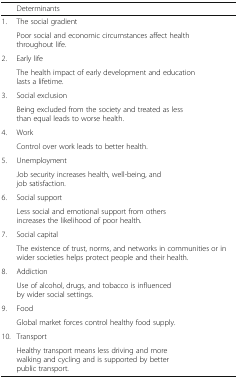
<table><thead><tr><td></td><td><b>Determinants</b></td></tr></thead><tbody><tr><td>1.</td><td>The social gradient</td></tr><tr><td></td><td>Poor social and economic circumstances affect health throughout life.</td></tr><tr><td>2.</td><td>Early life</td></tr><tr><td></td><td>The health impact of early development and education lasts a lifetime.</td></tr><tr><td>3.</td><td>Social exclusion</td></tr><tr><td></td><td>Being excluded from the society and treated as less than equal leads to worse health.</td></tr><tr><td>4.</td><td>Work</td></tr><tr><td></td><td>Control over work leads to better health.</td></tr><tr><td>5.</td><td>Unemployment</td></tr><tr><td></td><td>Job security increases health, well-being, and job satisfaction.</td></tr><tr><td>6.</td><td>Social support</td></tr><tr><td></td><td>Less social and emotional support from others increases the likelihood of poor health.</td></tr><tr><td>7.</td><td>Social capital</td></tr><tr><td></td><td>The existence of trust, norms, and networks in communities or in wider societies helps protect people and their health.</td></tr><tr><td>8.</td><td>Addiction</td></tr><tr><td></td><td>Use of alcohol, drugs, and tobacco is influenced by wider social settings.</td></tr><tr><td>9.</td><td>Food</td></tr><tr><td></td><td>Global market forces control healthy food supply.</td></tr><tr><td>10.</td><td>Transport</td></tr><tr><td></td><td>Healthy transport means less driving and more walking and cycling and is supported by better public transport.</td></tr></tbody></table>